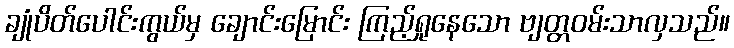
ချုံပိတ်ပေါင်းကွယ်မှ ချောင်းမြောင်း ကြည့်ရှုနေသော ဗျတ္တဝမ်းသာလှသည်။